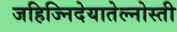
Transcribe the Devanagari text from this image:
जहिज्निदेयातेल्नोस्ती